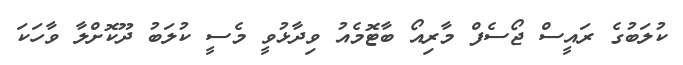
ކުލަބުގެ ރައީސް ޖޯސެފް މާރިއޯ ބާޓޮމެއު ވިދާޅުވީ މެސީ ކުލަބު ދޫކޮށްލާ ވާހަކަ